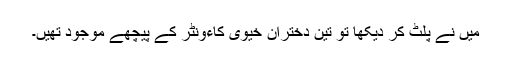
میں نے پلٹ کر دیکھا تو تین دختران خیوی کاءونٹر کے پیچھے موجود تھیں۔